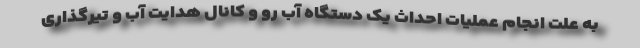
به علت انجام عملیات احداث یک دستگاه آب رو و کانال هدایت آب و تیرگذاری